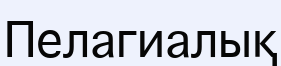
Пелагиалық